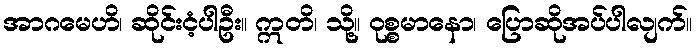
အာဂမေဟိ၊ ဆိုင်းငံ့ပါဦး။ ဣတိ၊ သို့။ ဝုစ္စမာနော၊ ပြောဆိုအပ်ပါလျက်။